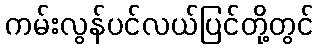
ကမ်းလွန်ပင်လယ်ပြင်တို့တွင်